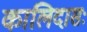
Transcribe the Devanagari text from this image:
कालिदासः